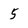
Character: 5